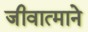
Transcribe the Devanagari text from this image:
जीवात्माने